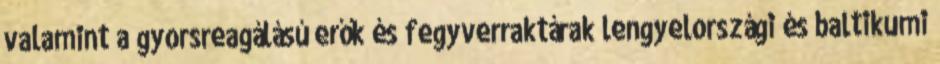
valamint a gyorsreagálású erők és fegyverraktárak lengyelországi és baltikumi